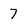
Character: 7